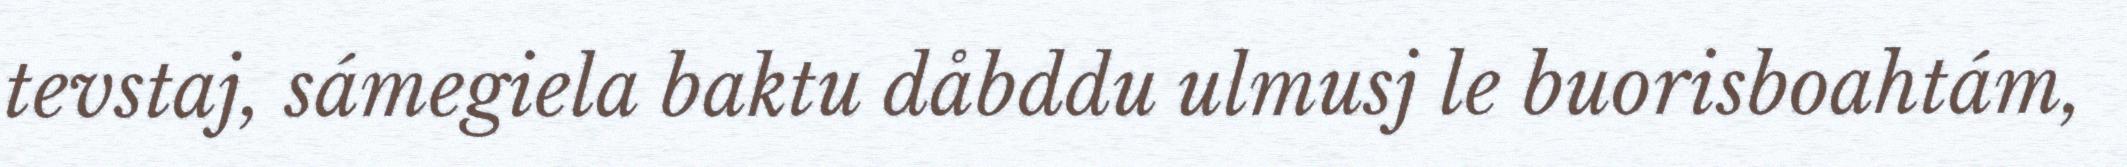
tevstaj, sámegiela baktu dåbddu ulmusj le buorisboahtám,